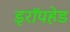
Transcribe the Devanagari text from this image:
ड्रॉपहेड